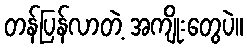
တန်ပြန်လာတဲ့ အကျိုးတွေပဲ။